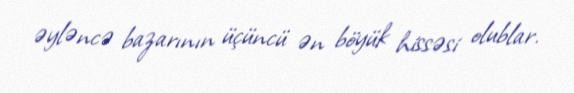
əyləncə bazarının üçüncü ən böyük hissəsi olublar.